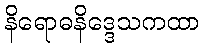
နိရောဓနိဒ္ဒေသကထာ